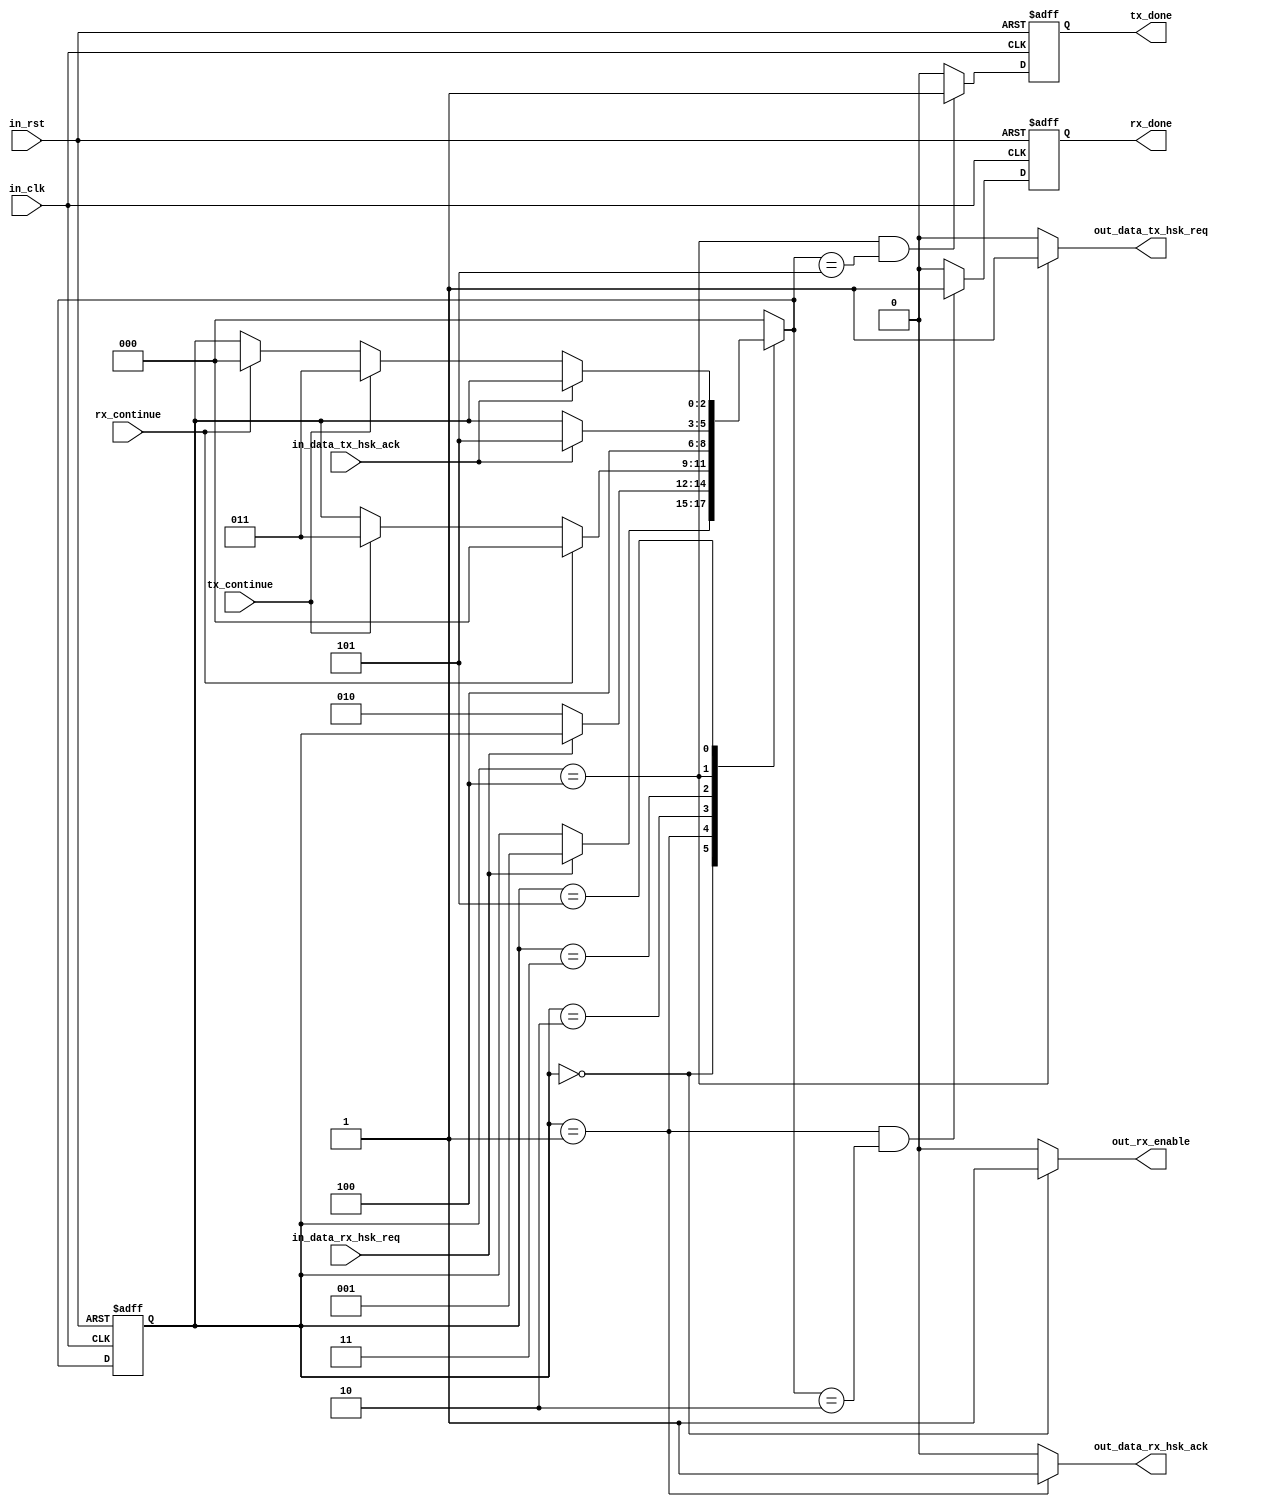
/**
 * Project: USB-3W FPGA interface  
 * Date:
 * File:
 *
 */

module io_synchronizer (in_clk,
                        in_rst,
                        in_data_rx_hsk_req,
                        out_data_rx_hsk_ack,
                        out_data_tx_hsk_req,
                        in_data_tx_hsk_ack,
                        out_rx_enable,
                        rx_done,
                        tx_done,
                        rx_continue,
                        tx_continue);

    // Module input/output
    input  in_clk;
    input  in_rst;
    // data rx
    input  in_data_rx_hsk_req;
    output reg out_data_rx_hsk_ack;
    // data tx
    output reg out_data_tx_hsk_req;
    input in_data_tx_hsk_ack;
    // Generic
    output reg out_rx_enable;
    // Synchronization with protocol decoder.
    output reg rx_done;
    output reg tx_done;
    input  wire rx_continue;
    input  wire tx_continue;

    //////////
    //  FSM
    reg [2:0] state;
    reg [2:0] next_state;
    
    // State machine states
    localparam state_rx_ready        = 0,
               state_rx_data_rcvd    = 1,
               state_proto_decoding  = 2,
               state_tx_data_ready   = 3,
               state_tx_data_hsk_req = 4,
               state_tx_data_hsk_ack = 5; 
              
              
    ////////////////////////////////////////////////////

                           
    // State machine:  state(t+1) logic (combinatorial)
    always @ (state, 
              in_data_rx_hsk_req, 
              in_data_tx_hsk_ack, 
              tx_continue,
              rx_continue)
              
    begin: next_state_logic
        /* Set a default state to avoid latches creation */
        next_state = state;

        case (state)    
            state_rx_ready:
            begin
                if (in_data_rx_hsk_req)
                    next_state = state_rx_data_rcvd;
            end
            
            state_rx_data_rcvd:
            begin
                if (in_data_rx_hsk_req == 0)
                    next_state = state_proto_decoding;
            end
            
            state_proto_decoding:
            begin
                if (rx_continue)
                    next_state = state_rx_ready;
                else if (tx_continue)
                    next_state = state_tx_data_ready;
            end
            
            state_tx_data_ready:
            begin
                next_state = state_tx_data_hsk_req;
            end
            
            state_tx_data_hsk_req:
            begin
                if (in_data_tx_hsk_ack)
                    next_state = state_tx_data_hsk_ack;
            end
                            
            state_tx_data_hsk_ack:
            begin
                if (in_data_tx_hsk_ack == 0)
                begin
                    if (tx_continue)
                        // More to transmit.
                        next_state = state_tx_data_ready;
                    else if (rx_continue)
                        // Nothing to transmit.
                        next_state = state_rx_ready;
                end
            end
            
            default:
                next_state = state_rx_ready;  //something went wrong???
        endcase
    end
    
    
    always @ (posedge in_clk, posedge in_rst)
	begin
        if(in_rst)
        begin
            state   <= state_rx_ready;
            rx_done <= 0;
            tx_done <= 0;
        end
        else
        begin
            // FSM state advancement logic.
            state <= next_state;
            
            ///////////////////////////////////////
            // Make rx_done high duration of 1 clock cycle.
            if (state == state_rx_data_rcvd && 
                next_state == state_proto_decoding)
                rx_done <= 1;
            else
                rx_done <= 0;  
                
            ///////////////////////////////////////
            // Make tx_done high duration of 1 clock cycle.
            if (state == state_tx_data_hsk_req && 
                next_state == state_tx_data_hsk_ack)
                tx_done <= 1;
            else
                tx_done <= 0;  
                
        end
	end

    
    /* FSM output calculation: combinatorial logic */
    always @ (state)
    begin
        out_data_rx_hsk_ack  = 0;
        out_data_tx_hsk_req  = 0;
        out_rx_enable = 0;
        
        case (state)
            state_rx_ready:
            begin
                out_rx_enable = 1;
            end
        
            state_rx_data_rcvd:
            begin
                out_data_rx_hsk_ack  = 1;
            end
        
            state_proto_decoding:
            begin
            end
            
            state_tx_data_ready:
            begin
                // pass
            end
            
            state_tx_data_hsk_req:
            begin
                out_data_tx_hsk_req  = 1;
            end
        
            state_tx_data_hsk_ack:
            begin
                // pass
            end
        
            default:
            begin
                // pass
            end
        endcase    
    end
endmodule